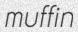
muffin